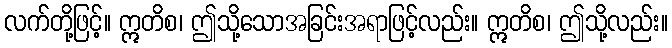
လက်တို့ဖြင့်။ ဣတိစ၊ ဤသို့သောအခြင်းအရာဖြင့်လည်း။ ဣတိစ၊ ဤသို့လည်း။